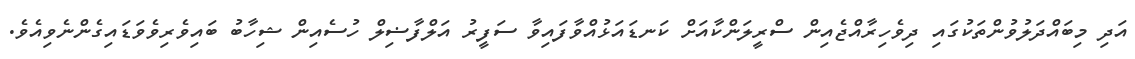
އަދި މިބައްދަލުވުންތަކުގައި ދިވެހިރާއްޖެއިން ސްރީލަންކާއަށް ކަނޑައަޅުއްވާފައިވާ ސަފީރު އަލްފާޟިލް ހުސެއިން ޝިހާބު ބައިވެރިވެވަޑައިގެންނެވިއެވެ.